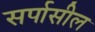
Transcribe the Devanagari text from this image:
सर्पासील